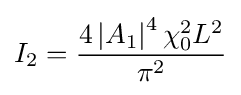
I_{2}={\frac {4\left|A_{1}\right|^{4}\chi _{0}^{2}L^{2}}{\pi ^{2}}}